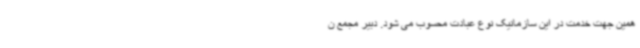
همین جهت خدمت در این سازمانیک نوع عبادت محسوب می شود. دبیر مجمع ن